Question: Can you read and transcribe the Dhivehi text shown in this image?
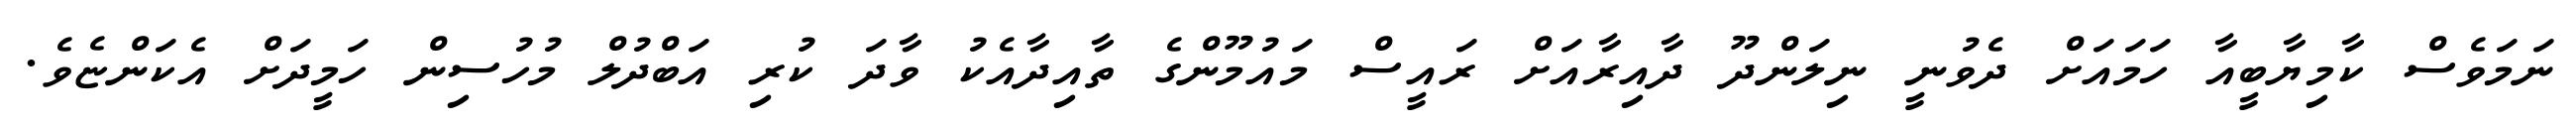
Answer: ނަމަވެސް ކާމިޔާބީއާ ހަމައަށް ދެވުނީ ނިލަންދޫ ދާއިރާއަށް ރައީސް މައުމޫންގެ ތާއިދާއެކު ވާދަ ކުރި އަބްދުލް މުހުސިން ހަމީދަށް އެކަންޏެވެ.